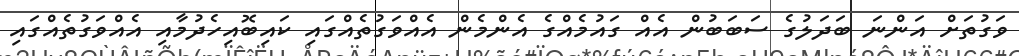
ވަގުތަށް އަންނަ ބަދަލުގެ ސަބަބުން އެއް ގައުމެއްގެ އެންމެން އެއްވަގުތެއްގައި ކައިބޮއިހެދުމާއި އެއްވަގުތެއްގައި